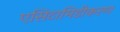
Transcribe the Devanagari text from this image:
एसिटामिडीकरण